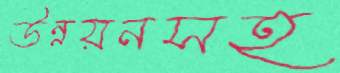
উন্নয়নসহ